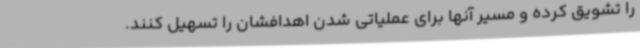
را تشویق کرده و مسیر آنها برای عملیاتی شدن اهدافشان را تسهیل کنند.